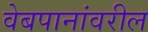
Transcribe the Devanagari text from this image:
वेबपानांवरील